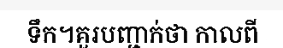
ទឹក។គួរបញ្ជាក់ថា កាលពី